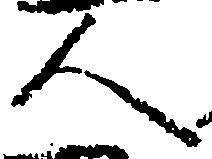
人